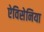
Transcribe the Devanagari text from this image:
ऐविसेनिया